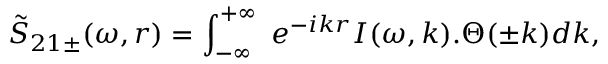
\tilde { S } _ { 2 1 \pm } ( \omega , r ) = \int _ { - \infty } ^ { + \infty } ~ e ^ { - i k r } I ( \omega , k ) . \Theta ( \pm k ) d k ,